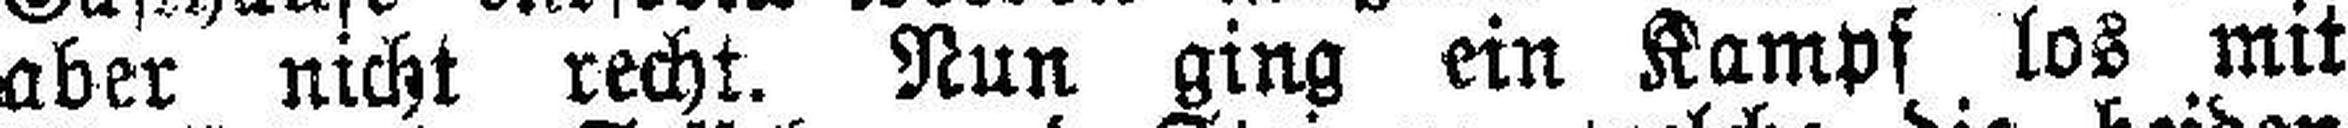
aber nicht recht. Nun ging ein Kampf los mit